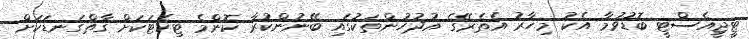
ޓީޖީއެސްޓީ ބޮޑުވުމާ އެކު މިހާރު އެތެރޭގެ އުދުހުންތަކުގައި ބޭނުންކުރާ ކޮންމެ ޓިކެޓަކަށް ގާތްގަނޑަކަށް